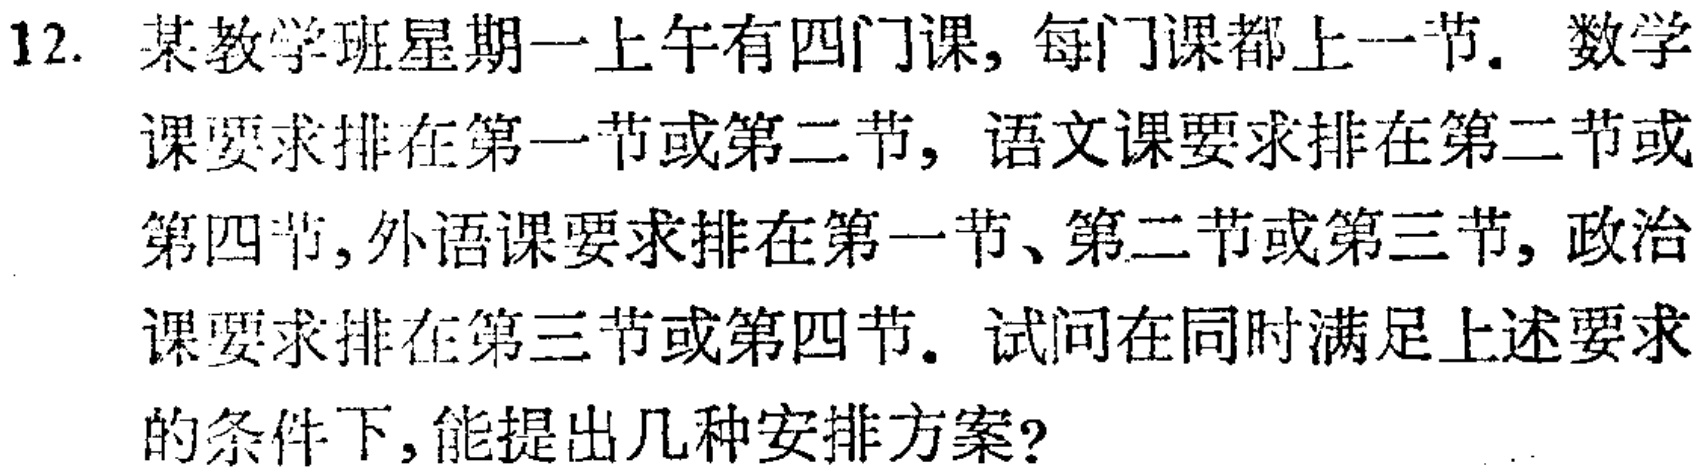
12. 某教学班星期一上午有四门课, 每门课都上一节. 数学课要求排在第一节或第二节, 语文课要求排在第二节或第四节, 外语课要求排在第一节、第二节或第三节, 政治课要求排在第三节或第四节. 试问在同时满足上述要求的条件下, 能提出几种安排方案?